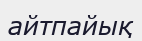
айтпайық